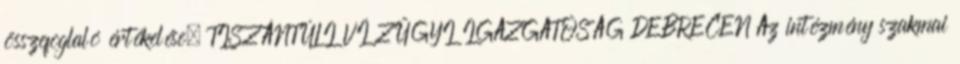
összefoglaló értékelése. TISZÁNTÚLI VÍZÜGYI IGAZGATÓSÁG DEBRECEN Az intézmény szakmai